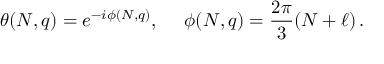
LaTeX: \theta ( N , q ) = e ^ { - i \phi ( N , q ) } , ~ ~ ~ ~ \phi ( N , q ) = \frac { 2 \pi } { 3 } ( N + \ell ) \, .